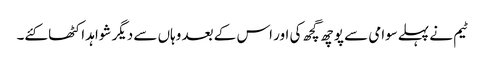
ٹیم نے پہلےسوامی سے پوچھ گچھ کی اور اس کے بعد وہاں سے دیگر شواہد اکٹھا کئے۔